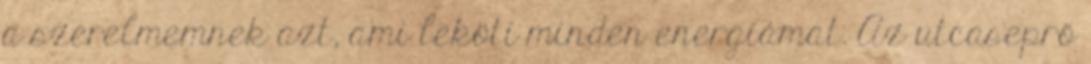
a szerelmemnek azt, ami leköti minden energiámat. Az utcaseprő